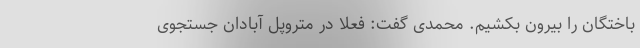
باختگان را بیرون بکشیم. محمدی گفت: فعلاً در متروپل آبادان جستجوی